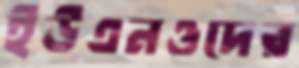
ইউএনওদের